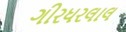
ગીરધરલાલ